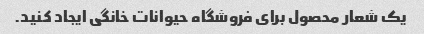
یک شعار محصول برای فروشگاه حیوانات خانگی ایجاد کنید.